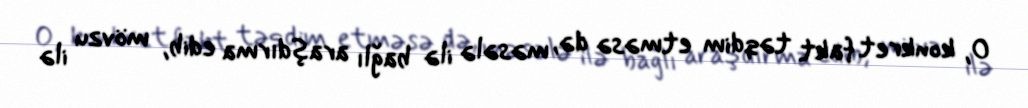
O, konkret fakt təqdim etməsə də, məsələ ilə bağlı araşdırma edib, mövzu ilə